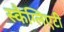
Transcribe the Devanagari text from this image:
स्कैग्लिएटी